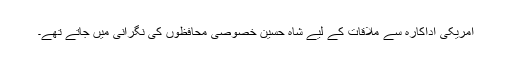
امریکی اداکارہ سے ملاقات کے لیے شاہ حسین خصوصی محافظوں کی نگرانی میں جاتے تھے۔